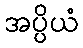
အပ္ပိယံ